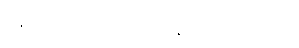
ရန်ပိုတတ်ကြောင်း ဥဒါန်းကျူးတော်မူပုံ။